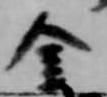
金